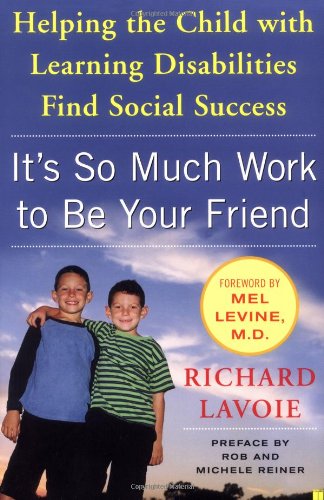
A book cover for It's So Much Work to Be Your Friend: Helping the Child with Learning Disabilities Find Social Success; Richard Lavoie; Parenting & Relationships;